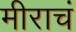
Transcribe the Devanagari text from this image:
मीराचं